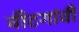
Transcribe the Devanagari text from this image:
वीटगांवीं